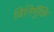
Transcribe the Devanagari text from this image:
विनिमुँक्ति